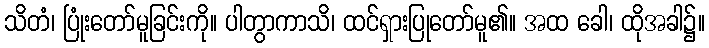
သိတံ၊ ပြုံးတော်မူခြင်းကို။ ပါတွာကာသိ၊ ထင်ရှားပြုတော်မူ၏။ အထ ခေါ၊ ထိုအခါ၌။